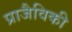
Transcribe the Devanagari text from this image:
प्राजैविकी